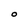
Character: O